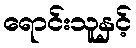
ရောင်းသူနှင့်